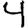
Digit: 4